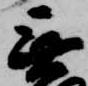
無